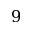
9